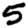
Digit: 5